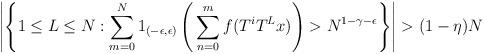
LaTeX: \begin{align*}\left| \left\{ 1 \le L \le N: \sum_{m=0}^N 1_{(-\epsilon,\epsilon)} \left( \, \sum_{n=0}^m f(T^i T^L x) \right) > N^{1-\gamma-\epsilon} \right\} \right|>(1-\eta) N\end{align*}